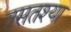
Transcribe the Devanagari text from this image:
तसतश्या